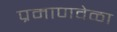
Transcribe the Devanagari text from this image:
प्रमाणवेळा